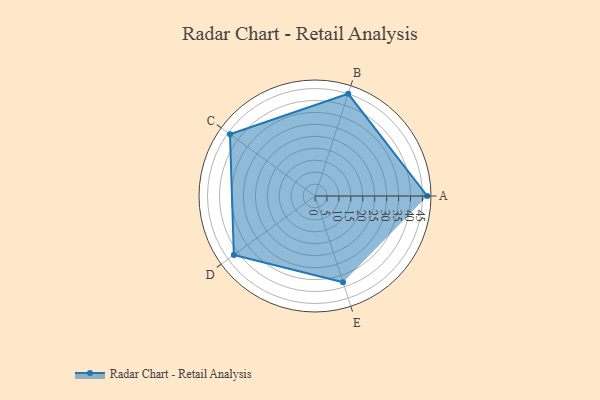
{"axis": {"x": "Skill", "y": "Score"}, "legend": ["Profile"], "data": [{"x": "A", "y": 47.0, "type": "Profile"}, {"x": "B", "y": 45.0, "type": "Profile"}, {"x": "C", "y": 44.0, "type": "Profile"}, {"x": "D", "y": 42.0, "type": "Profile"}, {"x": "E", "y": 38.0, "type": "Profile"}]}